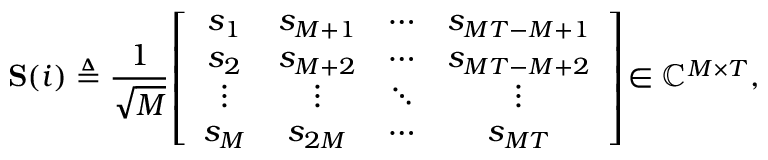
\mathbf { S } ( i ) \triangleq \frac { 1 } { \sqrt { M } } \! \left[ \begin{array} { c c c c } { s _ { 1 } } & { s _ { M + 1 } } & { \cdots } & { s _ { M T - M + 1 } } \\ { s _ { 2 } } & { s _ { M + 2 } } & { \cdots } & { s _ { M T - M + 2 } } \\ { \vdots } & { \vdots } & { \ddots } & { \vdots } \\ { s _ { M } } & { s _ { 2 M } } & { \cdots } & { s _ { M T } } \end{array} \right] \! \in \mathbb { C } ^ { M \times T } ,